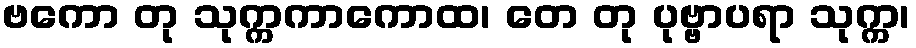
ဗကော တု သုက္ကကာကောထ၊ တေ တု ပုဗ္ဗာပရာ သုက္က၊